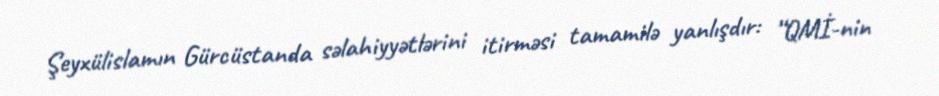
Şeyxülislamın Gürcüstanda səlahiyyətlərini itirməsi tamamilə yanlışdır: “QMİ-nin